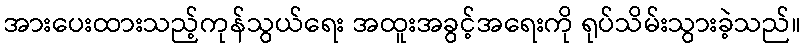
အားပေးထားသည့်ကုန်သွယ်ရေး အထူးအခွင့်အရေးကို ရုပ်သိမ်းသွားခဲ့သည်။